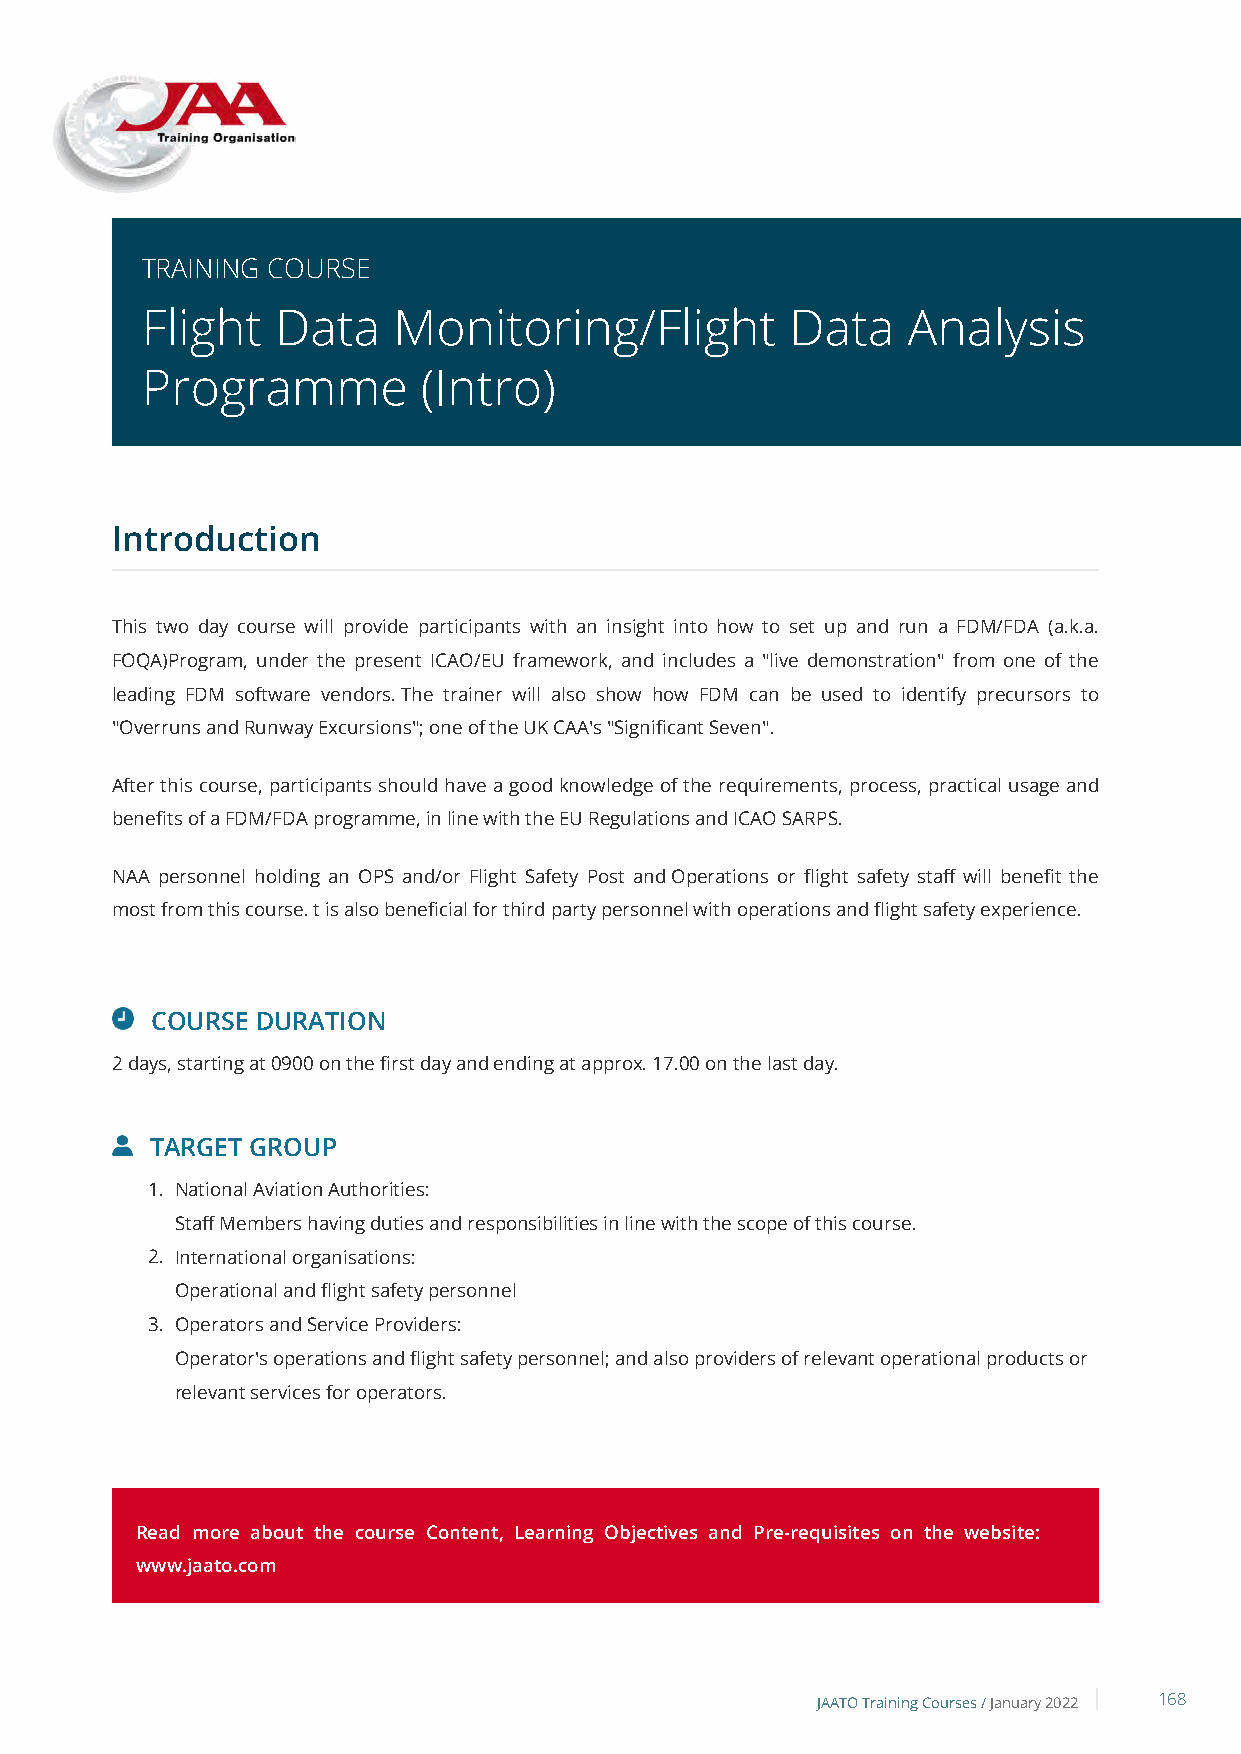
TRAINING COURSE
 Flight   Data    Monitoring/Flight         Data    Analysis
 Programme          (Intro)
 Introduction
 This two day course will provide participants with an insight into how to set up and run a FDM/FDA (a.k.a.
 FOQA)Program, under the present ICAO/EU framework, and includes a "live demonstration" from one of the
 leading FDM software vendors. The trainer will also show how FDM can be used to identify precursors to
 "Overruns and Runway Excursions"; one of the UK CAA's "Significant Seven".
 After this course, participants should have a good knowledge of the requirements, process, practical usage and
 benefits of a FDM/FDA programme, in line with the EU Regulations and ICAO SARPS.
 NAA personnel holding an OPS and/or Flight Safety Post and Operations or flight safety staff will benefit the
 most from this course. t is also beneficial for third party personnel with operations and flight safety experience.
 COURSE DURATION
 2 days, starting at 0900 on the first day and ending at approx. 17.00 on the last day.
 TARGET GROUP
 1. National Aviation Authorities:
 Staff Members having duties and responsibilities in line with the scope of this course.
 2. International organisations:
 Operational and flight safety personnel
 3. Operators and Service Providers:
 Operator's operations and flight safety personnel; and also providers of relevant operational products or
 relevant services for operators.
 Read more about the course Content, Learning Objectives and Pre-requisites on the website:
 www.jaato.com
 JAATO Training Courses /January 2022 168